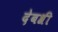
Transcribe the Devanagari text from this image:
देबश्री